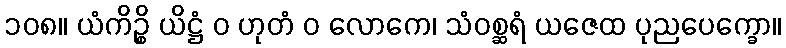
၁၀၈။ ယံကိဉ္စိ ယိဋ္ဌံ ဝ ဟုတံ ဝ လောကေ၊ သံဝစ္ဆရံ ယဇေထ ပုညပေက္ခော။